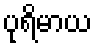
ပုရိမာယ